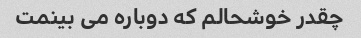
چقدر خوشحالم که دوباره می بینمت